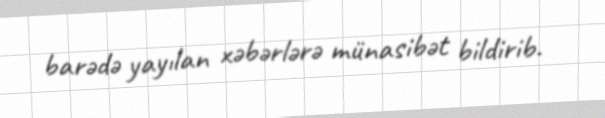
barədə yayılan xəbərlərə münasibət bildirib.